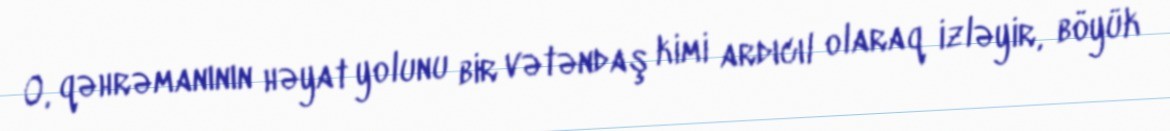
O, qəhrəmanının həyat yolunu bir vətəndaş kimi ardıcıl olaraq izləyir, böyük